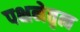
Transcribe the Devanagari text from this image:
पक्षनेतृत्व